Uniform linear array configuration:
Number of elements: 12
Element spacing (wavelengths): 1
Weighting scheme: blackman
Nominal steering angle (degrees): -15
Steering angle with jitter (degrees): -13.094
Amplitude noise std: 0.05
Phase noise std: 0.05

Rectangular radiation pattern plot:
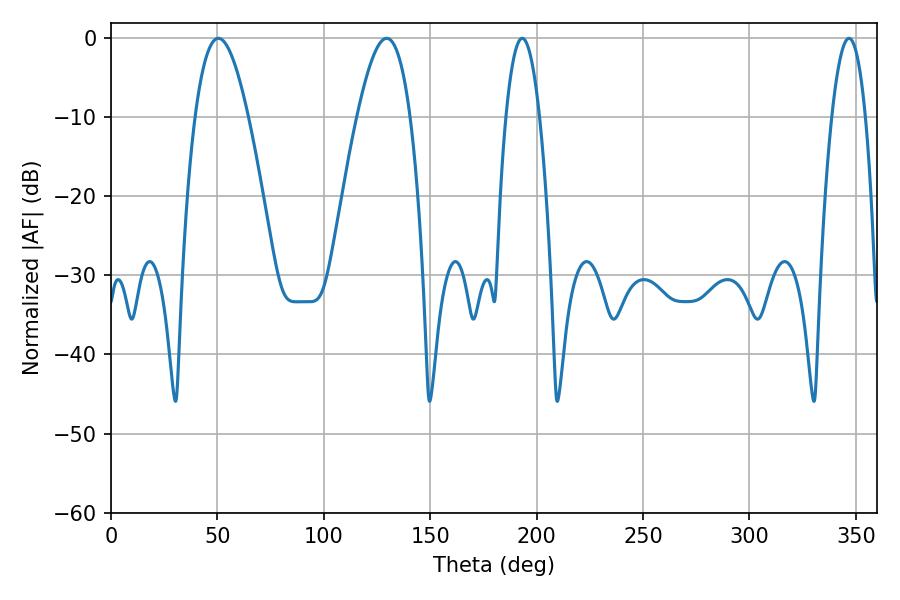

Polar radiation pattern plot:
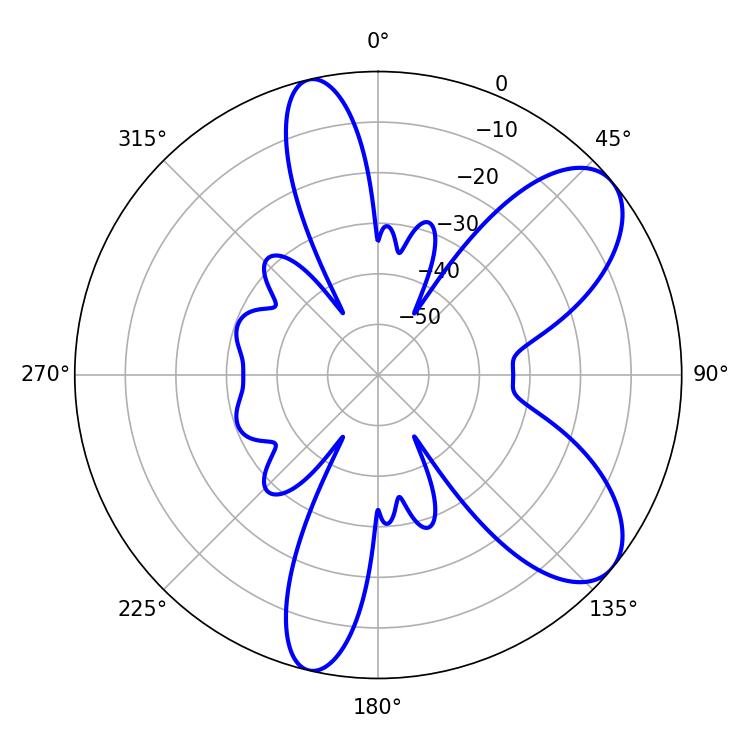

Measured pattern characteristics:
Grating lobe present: TRUE
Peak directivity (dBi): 7.927
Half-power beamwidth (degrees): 13.68
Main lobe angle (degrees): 50.4